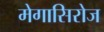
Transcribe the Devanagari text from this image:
मेगासिरोज